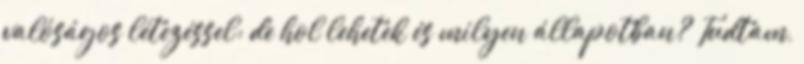
valóságos létezéssel; de hol lehetek és milyen állapotban? Tudtam,